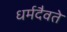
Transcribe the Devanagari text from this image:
धर्मदैवते